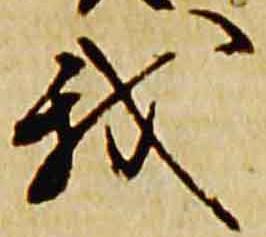
我